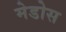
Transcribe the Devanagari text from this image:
मेडोस